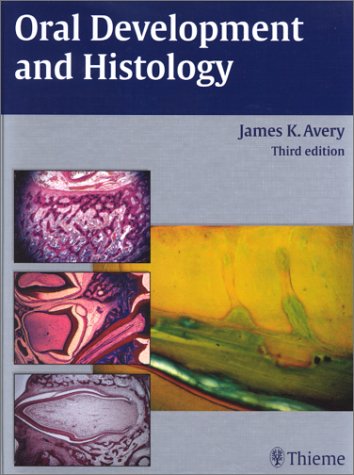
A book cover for Oral Development and Histology; James K. Avery; Medical Books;